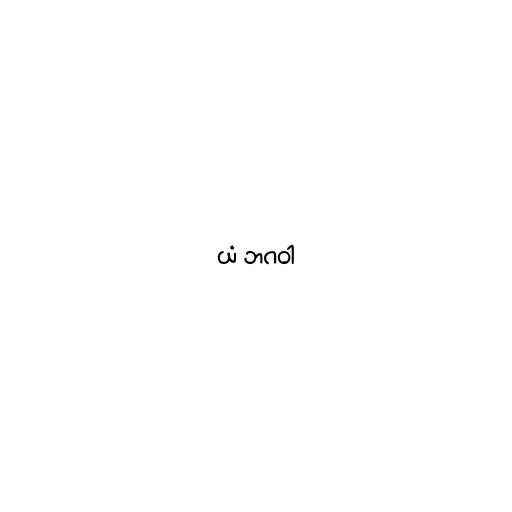
ယံ ဘဂဝါ